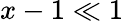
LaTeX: x-1\ll 1